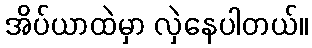
အိပ်ယာထဲမှာ လှဲနေပါတယ်။